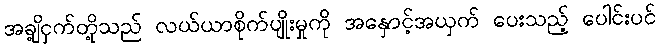
အချို့ငှက်တို့သည် လယ်ယာစိုက်ပျိုးမှုကို အနှောင့်အယှက် ပေးသည့် ပေါင်းပင်